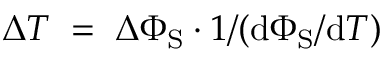
\Delta T \; = \; \Delta \Phi _ { \mathrm { S } } \cdot 1 / ( \mathrm { d } \Phi _ { \mathrm { S } } / \mathrm { d } T )